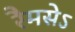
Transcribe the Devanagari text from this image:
रैमसेऽ